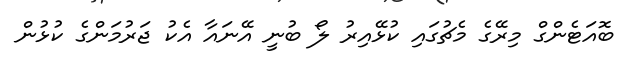
ބޮއަޓެންގް މިރޭގެ މެޗުގައި ކުޅޭއިރު ލޯ ބުނީ އޭނައާ އެކު ޖަރުމަންގެ ކުޅުން